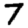
Digit: 7